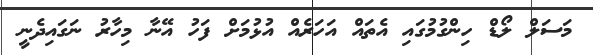
މަސަލް ލޯޑް ހިންގުމުގައި އެތައް އަހަރެއް އުޅުމަށް ފަހު އޭނާ މިހާރު ނަގައިދެނީ